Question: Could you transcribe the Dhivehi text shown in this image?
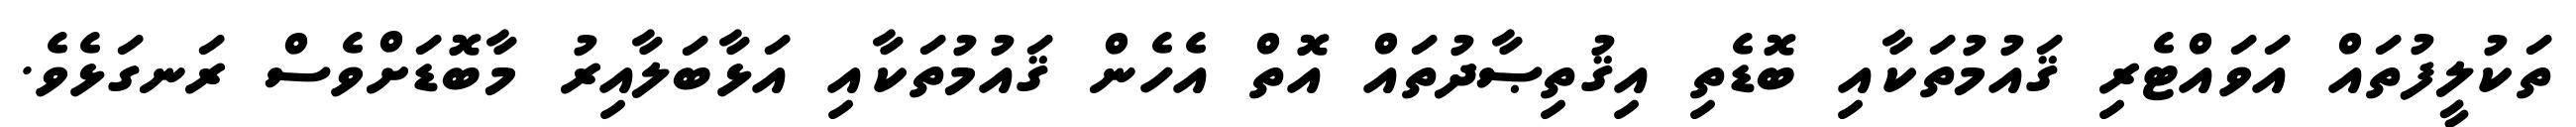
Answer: ތަކުލީފުތައް އަވައްޓެރި ޤައުމުތަކާއި ބޮޑެތި އިޤުތިޞާދުތައް އޮތް އެހެން ޤައުމުތަކާއި އަޅާބަލާއިރު މާބޮޑަށްވެސް ރަނގަޅެވެ.